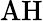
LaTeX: \mathrm{AH}